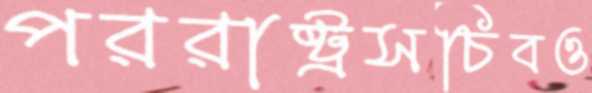
পররাষ্ট্রসচিবও